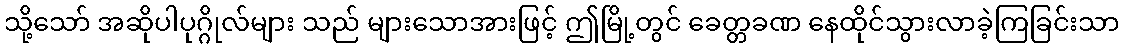
သို့သော် အဆိုပါပုဂ္ဂိုလ်များ သည် များသောအားဖြင့် ဤမြို့တွင် ခေတ္တခဏ နေထိုင်သွားလာခဲ့ကြခြင်းသာ